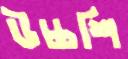
উচ্চশি